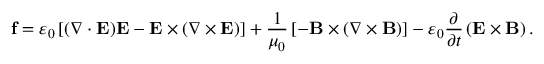
\mathbf { f } = \varepsilon _ { 0 } \left[ ( { \boldsymbol { \nabla } } \cdot \mathbf { E } ) \mathbf { E } - \mathbf { E } \times ( { \boldsymbol { \nabla } } \times \mathbf { E } ) \right] + { \frac { 1 } { \mu _ { 0 } } } \left[ - \mathbf { B } \times \left( { \boldsymbol { \nabla } } \times \mathbf { B } \right) \right] - \varepsilon _ { 0 } { \frac { \partial } { \partial t } } \left( \mathbf { E } \times \mathbf { B } \right) .